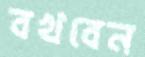
বখবেন